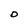
Character: O